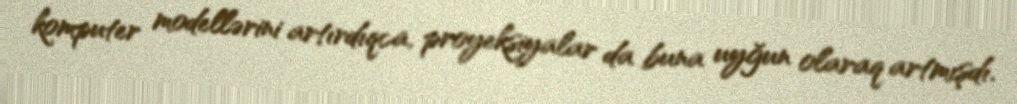
komputer modellərini artırdıqca, proyeksiyalar da buna uyğun olaraq artmışdı.